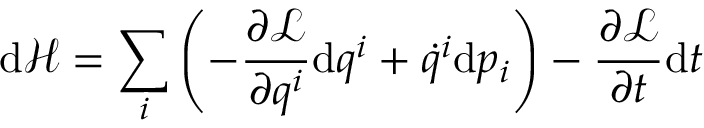
\mathrm { d } { \mathcal { H } } = \sum _ { i } \left( - { \frac { \partial { \mathcal { L } } } { \partial q ^ { i } } } \mathrm { d } q ^ { i } + { \dot { q } } ^ { i } \mathrm { d } p _ { i } \right) - { \frac { \partial { \mathcal { L } } } { \partial t } } \mathrm { d } t